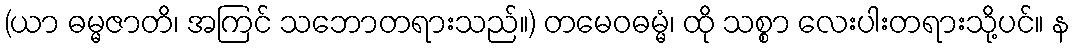
(ယာ ဓမ္မဇာတိ၊ အကြင် သဘောတရားသည်။) တမေဝဓမ္မံ၊ ထို သစ္စာ လေးပါးတရားသို့ပင်။ န